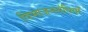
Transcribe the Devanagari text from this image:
विभाजनसंधियाँ